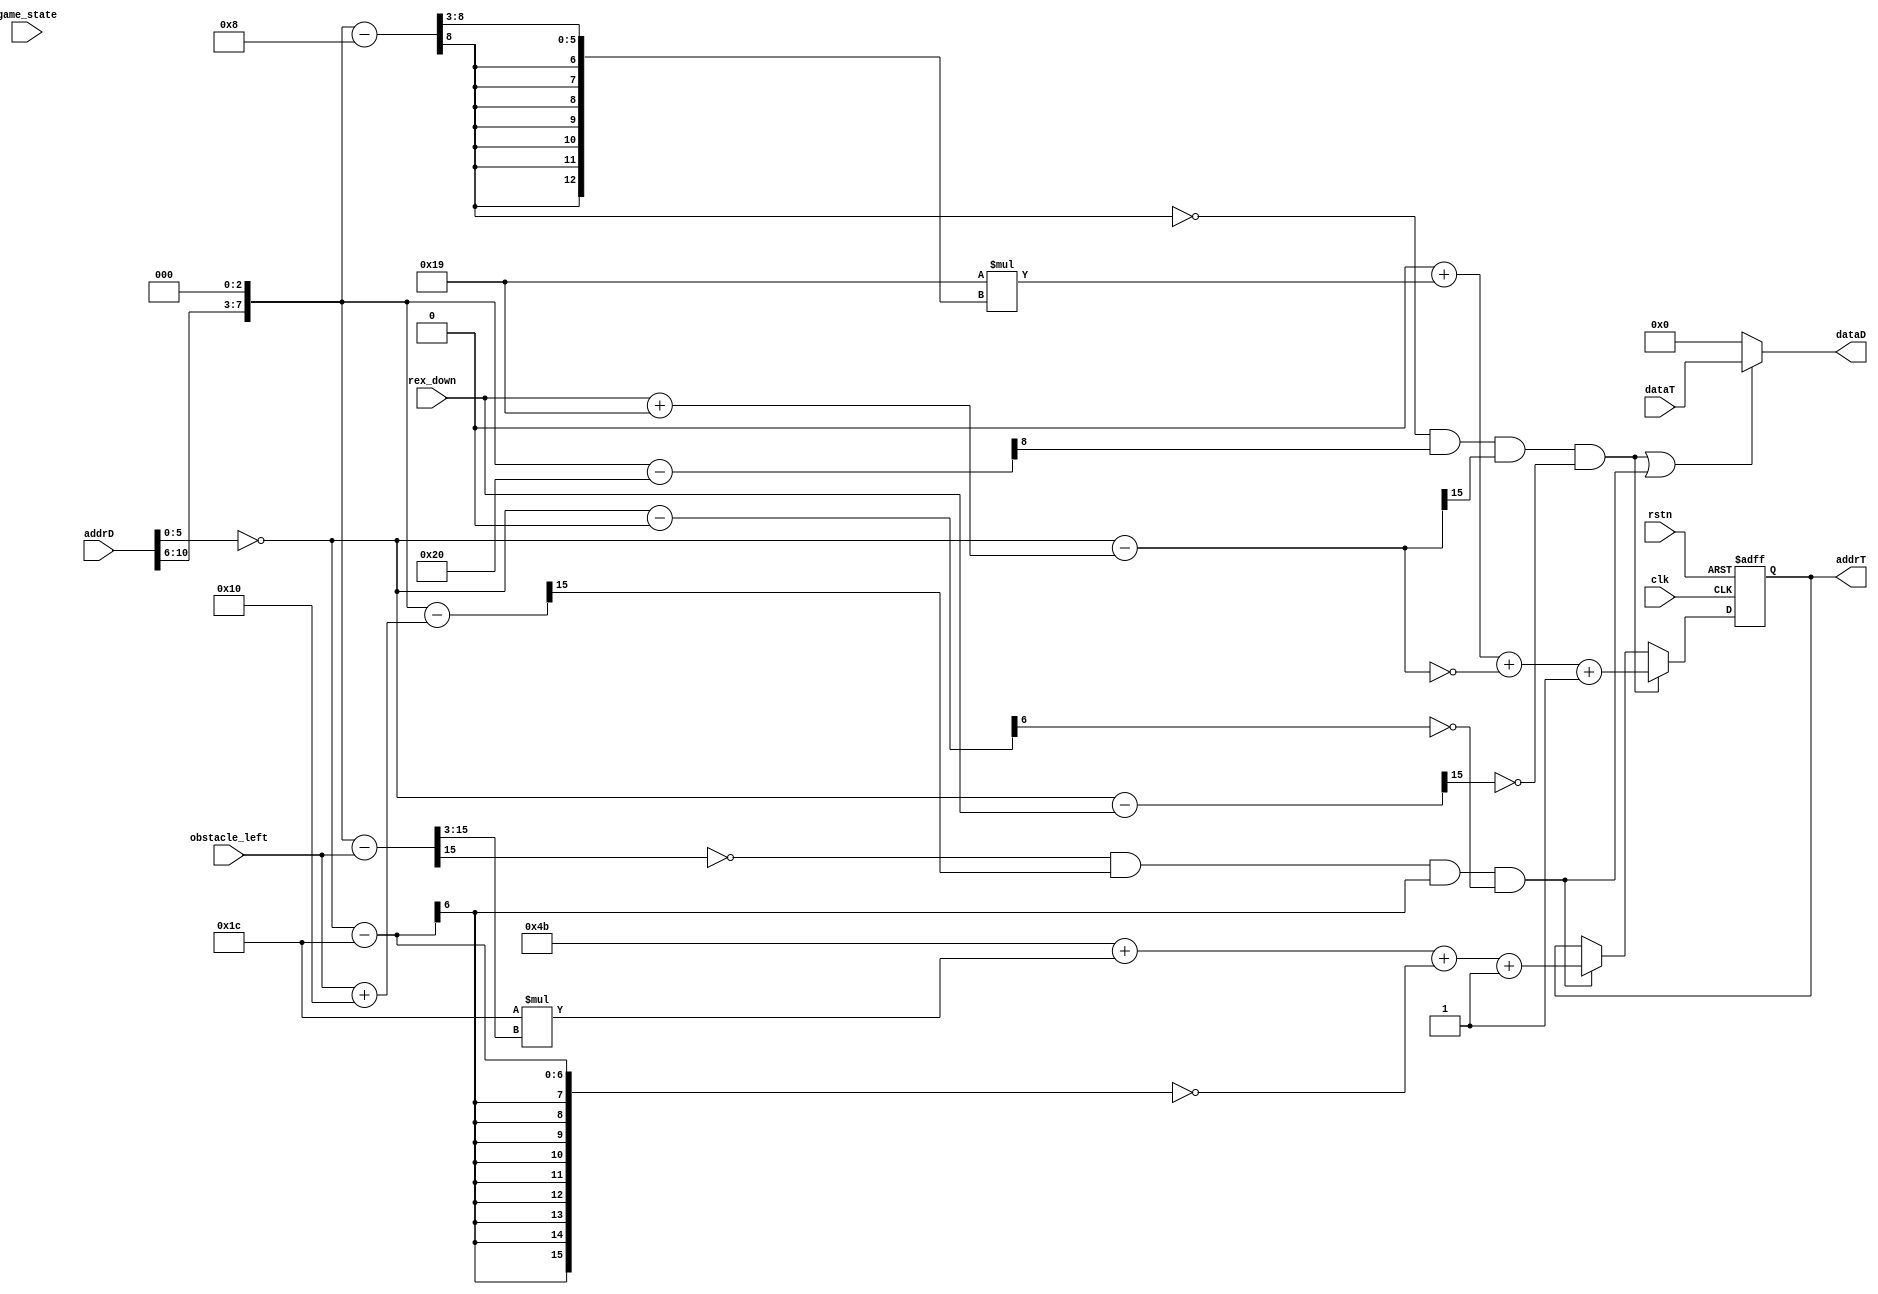
module Decider(
    clk,rstn,
    addrD,dataD,
    addrT,dataT,
    rex_down,
    obstacle_left,
    game_state
);
//--------------------------------
//---------I/O definition:--------
//--------------------------------
input clk,rstn;
input [10:0]addrD;
output [7:0]dataD;
output reg[15:0]addrT;
input [7:0]dataT;
input [15:0]rex_down;
input [15:0]obstacle_left;
input [1:0]game_state;
//--------------------------------
//----posx and posy definition----
//--------------------------------
wire [15:0]posx;//VERIFIED
wire [15:0]posy;//VERIFIED
assign posy[5:0]=~addrD[5:0];
assign posy[15:6]=0;
// e.g. when addrD[5:0]==0, means driver need pixels in the most upper line,
// then posy should be 63.
// similarly, posy = 63 - addrD[5:0]
// and formula "63 - addrD[5:0]" equals to "~addrD[5:0]".
assign posx[2:0]=3'b0;
assign posx[7:3]=addrD[10:6];
assign posx[15:8]=0;
//--------------------------------
//----rex bounding definition-----
//--------------------------------
parameter rex_height=16'd25;
parameter rex_width=16'd24;
parameter rex_left=16'd8;
parameter rex_right=rex_left+rex_width;
wire [15:0]rex_top;
assign rex_top=rex_down+rex_height;
//input [15:0]rex_down;
wire [15:0]posx_m_rex_left;//posx minus rex_left
assign posx_m_rex_left=posx-rex_left;
wire [15:0]posx_m_rex_right;//posx minus rex_right
assign posx_m_rex_right=posx-rex_right;
wire [15:0]posy_m_rex_top;//posy minus rex_top
assign posy_m_rex_top=posy-rex_top;
wire [15:0]posy_m_rex_down;//posy minus rex_down
assign posy_m_rex_down=posy-rex_down;
//if rex_left<posx+8, maybe inside. (a give up branch, don't use it.)
//if posx-rex_left>=0,
//and posx-rex_right<0,
//and posy-rex_top<0,
//and posy-rex_down>=0, must be inside.
wire inside_rex;
assign inside_rex=(~posx_m_rex_left[15])&(posx_m_rex_right[15])&(posy_m_rex_top[15])&(~posy_m_rex_down[15]);
parameter addr_rex=10'd0;
//--------------------------------
//-----obstacle bounding def------
//--------------------------------
parameter obstacle_height=16'd28;
parameter obstacle_width=16'd16;
//input [15:0]obstacle_left;
wire [15:0]obstacle_right;
assign obstacle_right=obstacle_left+obstacle_width;
parameter obstacle_down=16'd0;
parameter obstacle_top=obstacle_down+obstacle_height;
wire [15:0]posx_m_obstacle_left;
assign posx_m_obstacle_left=posx-obstacle_left;
wire [15:0]posx_m_obstacle_right;
assign posx_m_obstacle_right=posx-obstacle_right;
wire [15:0]posy_m_obstacle_top;
assign posy_m_obstacle_top=posy-obstacle_top;
wire [15:0]posy_m_obstacle_down;
assign posy_m_obstacle_down=posy-obstacle_down;
wire inside_obstacle;
assign inside_obstacle=(~posx_m_obstacle_left[15])&(posx_m_obstacle_right[15])&(posy_m_obstacle_top[15])&(~posy_m_obstacle_down[15]);
parameter addr_obstacle=10'd75;
//--------------------------------
//-------Some Explanation---------
//--------------------------------
// let's see the time seq of driver:
// clk  _-_-_-_-_-_-_-_-_-_-_-_-_-_-_
// en   _--__--__--__--__--__--__--__
// addr 4..3...5...6...1...2...3...7.
// data   !   !   !   !   !   !   !
// the "!" is the DDL when data need to be prepared.
// thus, decider has 1 clk circle to prepare.
// en 1->0, addr changes, decider prepare addrT with 
// combinational circuit; en 0->1, decider visit 
// Texture, and get dataT (when inside of something,
// dataD is connected directly to dataT.)
assign dataD=(inside_rex|inside_obstacle)?dataT:8'd0;
// assign dataD=(inside_rex)?8'b1001_0001:(inside_obstacle)?8'b1010_1001:posy[5]?posx[15:8]:8'b1000_0001;//debug
//--------------------------------
//----------always block----------
//--------------------------------
always@(posedge clk or negedge rstn)begin
    if(!rstn)begin
        addrT<=0;
    end
    else begin
        if(inside_rex)begin
            addrT<=addr_rex+rex_height*(posx_m_rex_left>>3)+(~posy_m_rex_top)+1;
        end
        else if(inside_obstacle)begin
            addrT<=addr_obstacle+obstacle_height*(posx_m_obstacle_left>>3)+(~posy_m_obstacle_top)+1;
        end
    end
end

endmodule